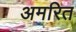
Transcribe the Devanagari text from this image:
अमरित